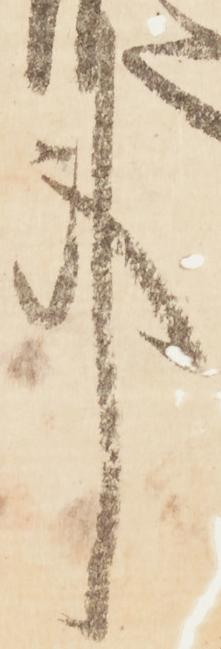
事